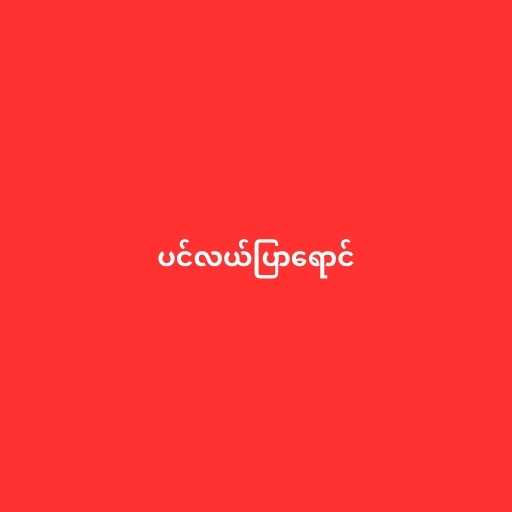
ပင်လယ်ပြာရောင်